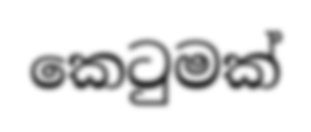
කෙටුමක්